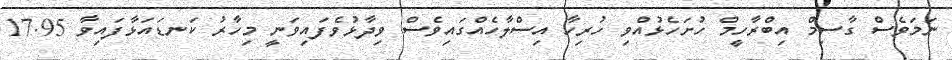
ނަމަވެސް ގާސިމް އިބްރާހީމް ހުށަހެޅުއްވި ހުރިހާ އިސްލާހެއްގައިވެސް ވިދާޅުވެފައިވަނީ މިހާރު ކަނޑައަޅާފައިވާ 17.95